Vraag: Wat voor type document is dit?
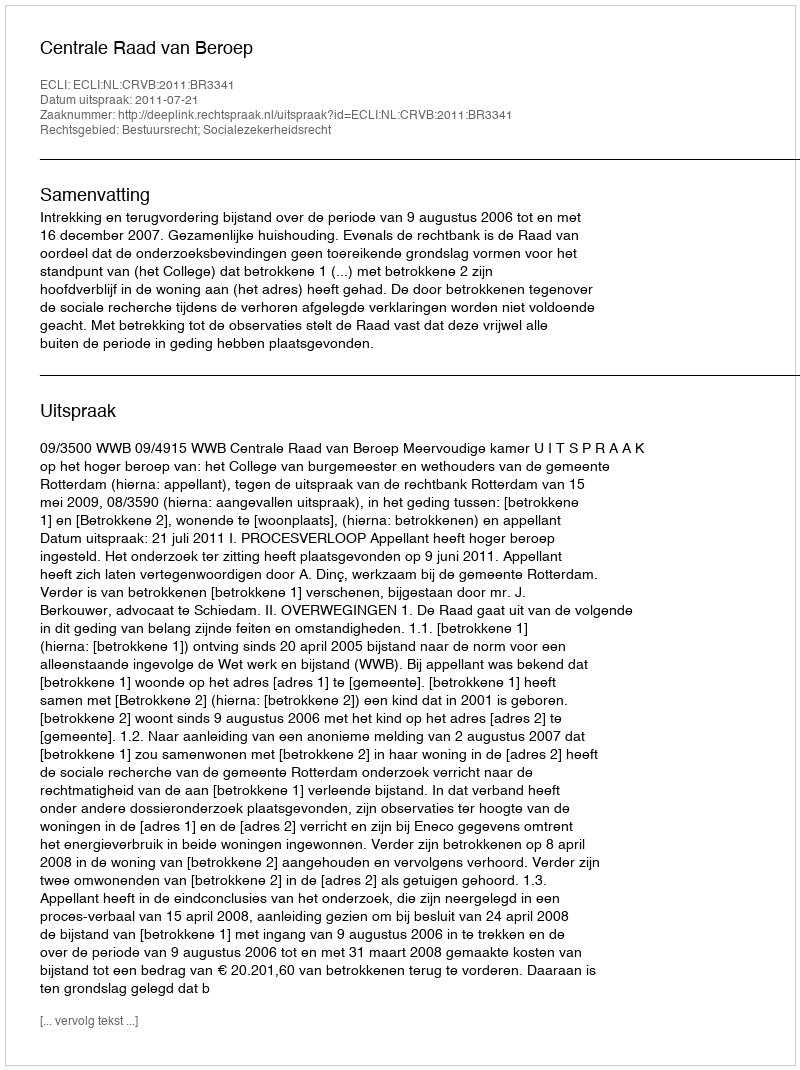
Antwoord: Uitspraak